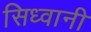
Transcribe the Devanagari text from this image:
सिध्वानी